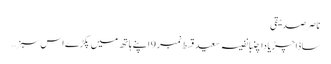
ناصر صدیقی
ساڈا چڑیا دا چنبا نفیسہ سعید قسط نمبر 9 اپنے ہاتھ میں پکڑے اس سبز …